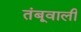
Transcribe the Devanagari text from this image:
तंबूवाली